画像に写った文字を読んでください
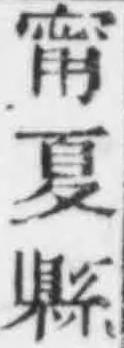
「甯夏縣」と書いてあります